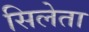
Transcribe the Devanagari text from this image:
सिलेता